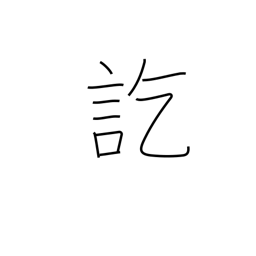
Meaning: finally